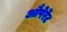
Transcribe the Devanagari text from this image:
औपेरेंट